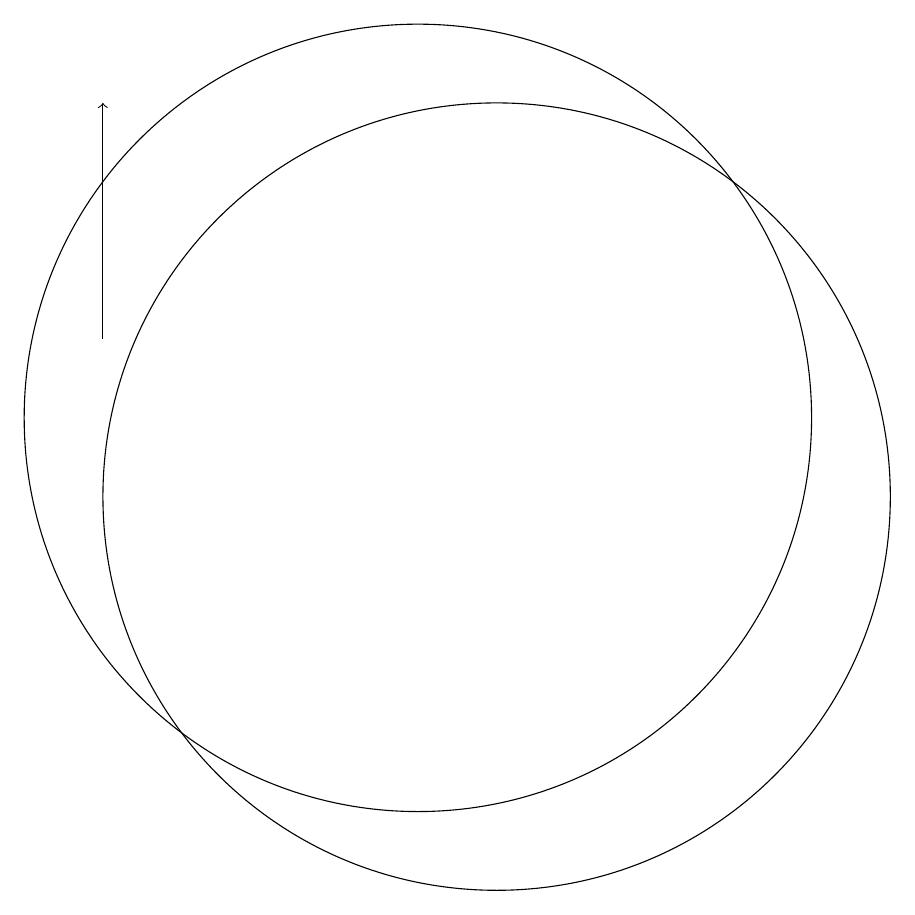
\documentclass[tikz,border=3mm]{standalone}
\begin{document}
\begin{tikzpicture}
\draw (12,11) circle (5);
\draw (11,12) circle (5);
\draw[->] (7,13) -- (7,16);
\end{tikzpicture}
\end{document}